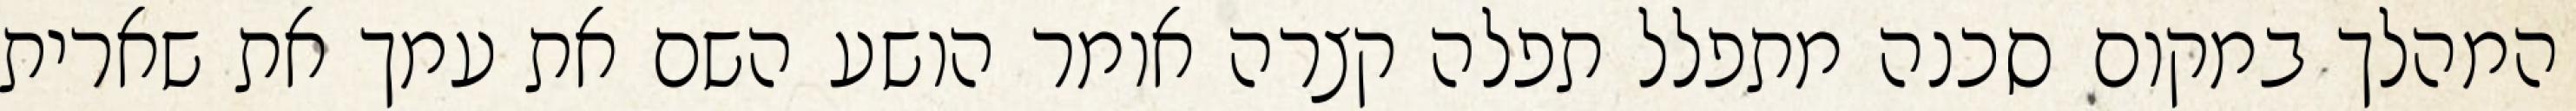
המהלך במקום סכנה מתפלל תפלה קצרה אומר הושע השם את עמך את שארית